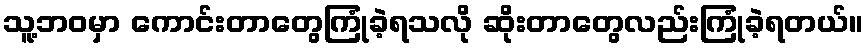
သူ့ဘဝမှာ ကောင်းတာတွေကြုံခဲ့ရသလို ဆိုးတာတွေလည်းကြုံခဲ့ရတယ်။